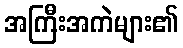
အကြီးအကဲများ၏